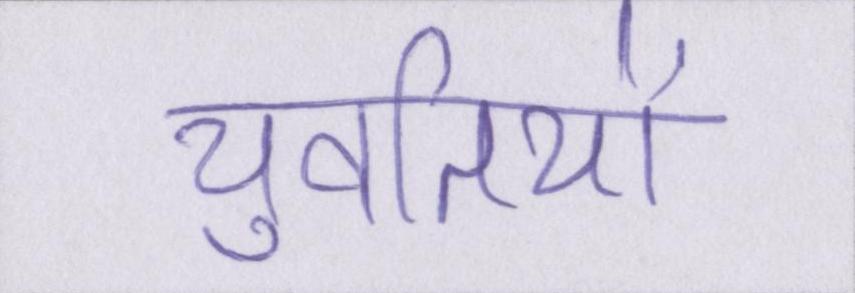
युवतियों